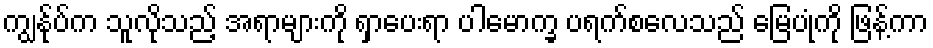
ကျွန်ုပ်က သူလိုသည့် အရာများကို ရှာပေးရာ ပါမောက္ခ ပရက်စလေသည် မြေပုံကို ဖြန့်ကာ